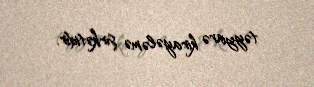
təyyarə kirayələmə şirkətidir.